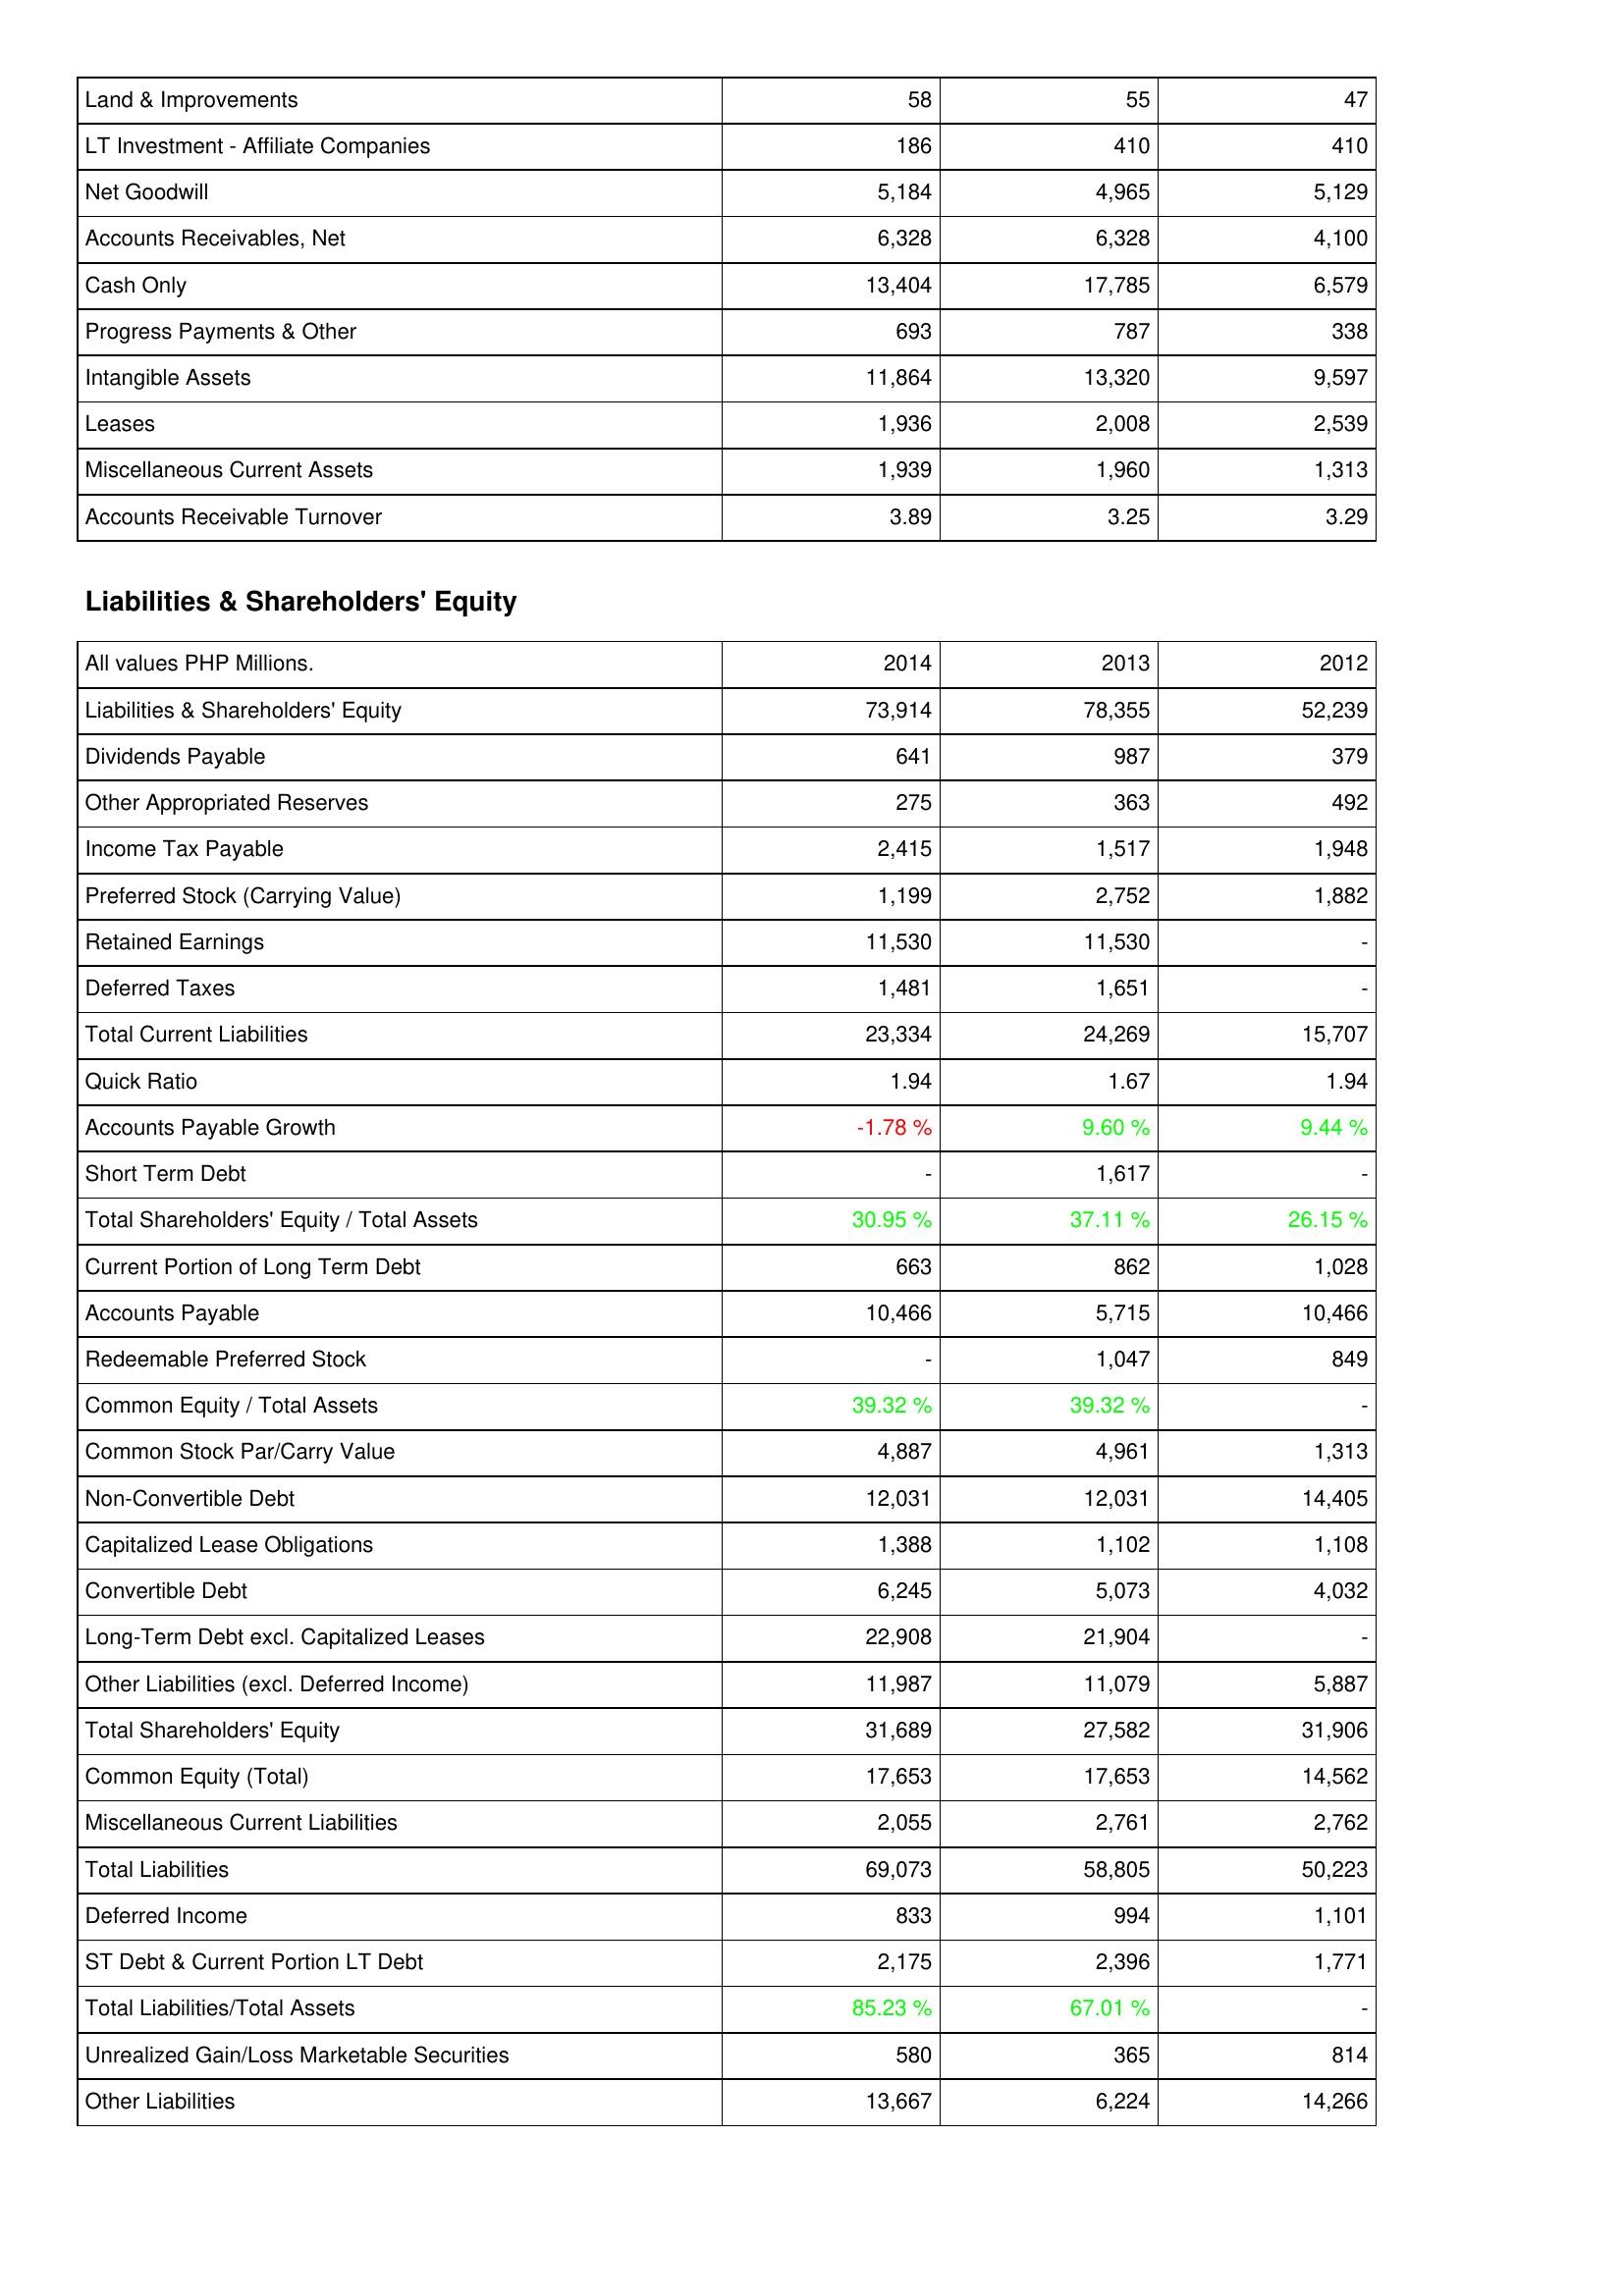
2014: Assets: Land & Improvements: 58
LT Investment - Affiliate Companies: 186
Net Goodwill: 5,184
Accounts Receivables, Net: 6,328
Cash Only: 13,404
Progress Payments & Other: 693
Intangible Assets: 11,864
Leases: 1,936
Miscellaneous Current Assets: 1,939
Accounts Receivable Turnover: 3.89
Liabilities & Shareholders' Equity: Liabilities & Shareholders' Equity: 73,914
Dividends Payable: 641
Other Appropriated Reserves: 275
Income Tax Payable: 2,415
Preferred Stock (Carrying Value): 1,199
Retained Earnings: 11,530
Deferred Taxes: 1,481
Total Current Liabilities: 23,334
Quick Ratio: 1.94
Accounts Payable Growth: -1.78 %
Short Term Debt: -
Total Shareholders' Equity / Total Assets: 30.95 %
Current Portion of Long Term Debt: 663
Accounts Payable: 10,466
Redeemable Preferred Stock: -
Common Equity / Total Assets: 39.32 %
Common Stock Par/Carry Value: 4,887
Non-Convertible Debt: 12,031
Capitalized Lease Obligations: 1,388
Convertible Debt: 6,245
Long-Term Debt excl. Capitalized Leases: 22,908
Other Liabilities (excl. Deferred Income): 11,987
Total Shareholders' Equity: 31,689
Common Equity (Total): 17,653
Miscellaneous Current Liabilities: 2,055
Total Liabilities: 69,073
Deferred Income: 833
ST Debt & Current Portion LT Debt: 2,175
Total Liabilities/Total Assets: 85.23 %
Unrealized Gain/Loss Marketable Securities: 580
Other Liabilities: 13,667
2013: Assets: Land & Improvements: 55
LT Investment - Affiliate Companies: 410
Net Goodwill: 4,965
Accounts Receivables, Net: 6,328
Cash Only: 17,785
Progress Payments & Other: 787
Intangible Assets: 13,320
Leases: 2,008
Miscellaneous Current Assets: 1,960
Accounts Receivable Turnover: 3.25
Liabilities & Shareholders' Equity: Liabilities & Shareholders' Equity: 78,355
Dividends Payable: 987
Other Appropriated Reserves: 363
Income Tax Payable: 1,517
Preferred Stock (Carrying Value): 2,752
Retained Earnings: 11,530
Deferred Taxes: 1,651
Total Current Liabilities: 24,269
Quick Ratio: 1.67
Accounts Payable Growth: 9.60 %
Short Term Debt: 1,617
Total Shareholders' Equity / Total Assets: 37.11 %
Current Portion of Long Term Debt: 862
Accounts Payable: 5,715
Redeemable Preferred Stock: 1,047
Common Equity / Total Assets: 39.32 %
Common Stock Par/Carry Value: 4,961
Non-Convertible Debt: 12,031
Capitalized Lease Obligations: 1,102
Convertible Debt: 5,073
Long-Term Debt excl. Capitalized Leases: 21,904
Other Liabilities (excl. Deferred Income): 11,079
Total Shareholders' Equity: 27,582
Common Equity (Total): 17,653
Miscellaneous Current Liabilities: 2,761
Total Liabilities: 58,805
Deferred Income: 994
ST Debt & Current Portion LT Debt: 2,396
Total Liabilities/Total Assets: 67.01 %
Unrealized Gain/Loss Marketable Securities: 365
Other Liabilities: 6,224
2012: Assets: Land & Improvements: 47
LT Investment - Affiliate Companies: 410
Net Goodwill: 5,129
Accounts Receivables, Net: 4,100
Cash Only: 6,579
Progress Payments & Other: 338
Intangible Assets: 9,597
Leases: 2,539
Miscellaneous Current Assets: 1,313
Accounts Receivable Turnover: 3.29
Liabilities & Shareholders' Equity: Liabilities & Shareholders' Equity: 52,239
Dividends Payable: 379
Other Appropriated Reserves: 492
Income Tax Payable: 1,948
Preferred Stock (Carrying Value): 1,882
Retained Earnings: -
Deferred Taxes: -
Total Current Liabilities: 15,707
Quick Ratio: 1.94
Accounts Payable Growth: 9.44 %
Short Term Debt: -
Total Shareholders' Equity / Total Assets: 26.15 %
Current Portion of Long Term Debt: 1,028
Accounts Payable: 10,466
Redeemable Preferred Stock: 849
Common Equity / Total Assets: -
Common Stock Par/Carry Value: 1,313
Non-Convertible Debt: 14,405
Capitalized Lease Obligations: 1,108
Convertible Debt: 4,032
Long-Term Debt excl. Capitalized Leases: -
Other Liabilities (excl. Deferred Income): 5,887
Total Shareholders' Equity: 31,906
Common Equity (Total): 14,562
Miscellaneous Current Liabilities: 2,762
Total Liabilities: 50,223
Deferred Income: 1,101
ST Debt & Current Portion LT Debt: 1,771
Total Liabilities/Total Assets: -
Unrealized Gain/Loss Marketable Securities: 814
Other Liabilities: 14,266